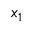
x _ { 1 }